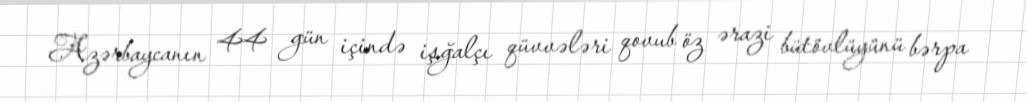
Azərbaycanın 44 gün içində işğalçı qüvvələri qovub öz ərazi bütövlüyünü bərpa